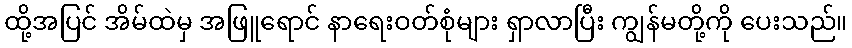
ထို့အပြင် အိမ်ထဲမှ အဖြူရောင် နာရေးဝတ်စုံများ ရှာလာပြီး ကျွန်မတို့ကို ပေးသည်။